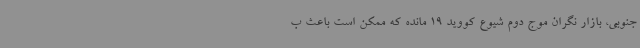
جنوبی، بازار نگران موج دوم شیوع کووید 19 مانده که ممکن است باعث ب